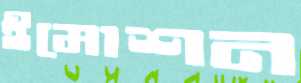
ইমোশন